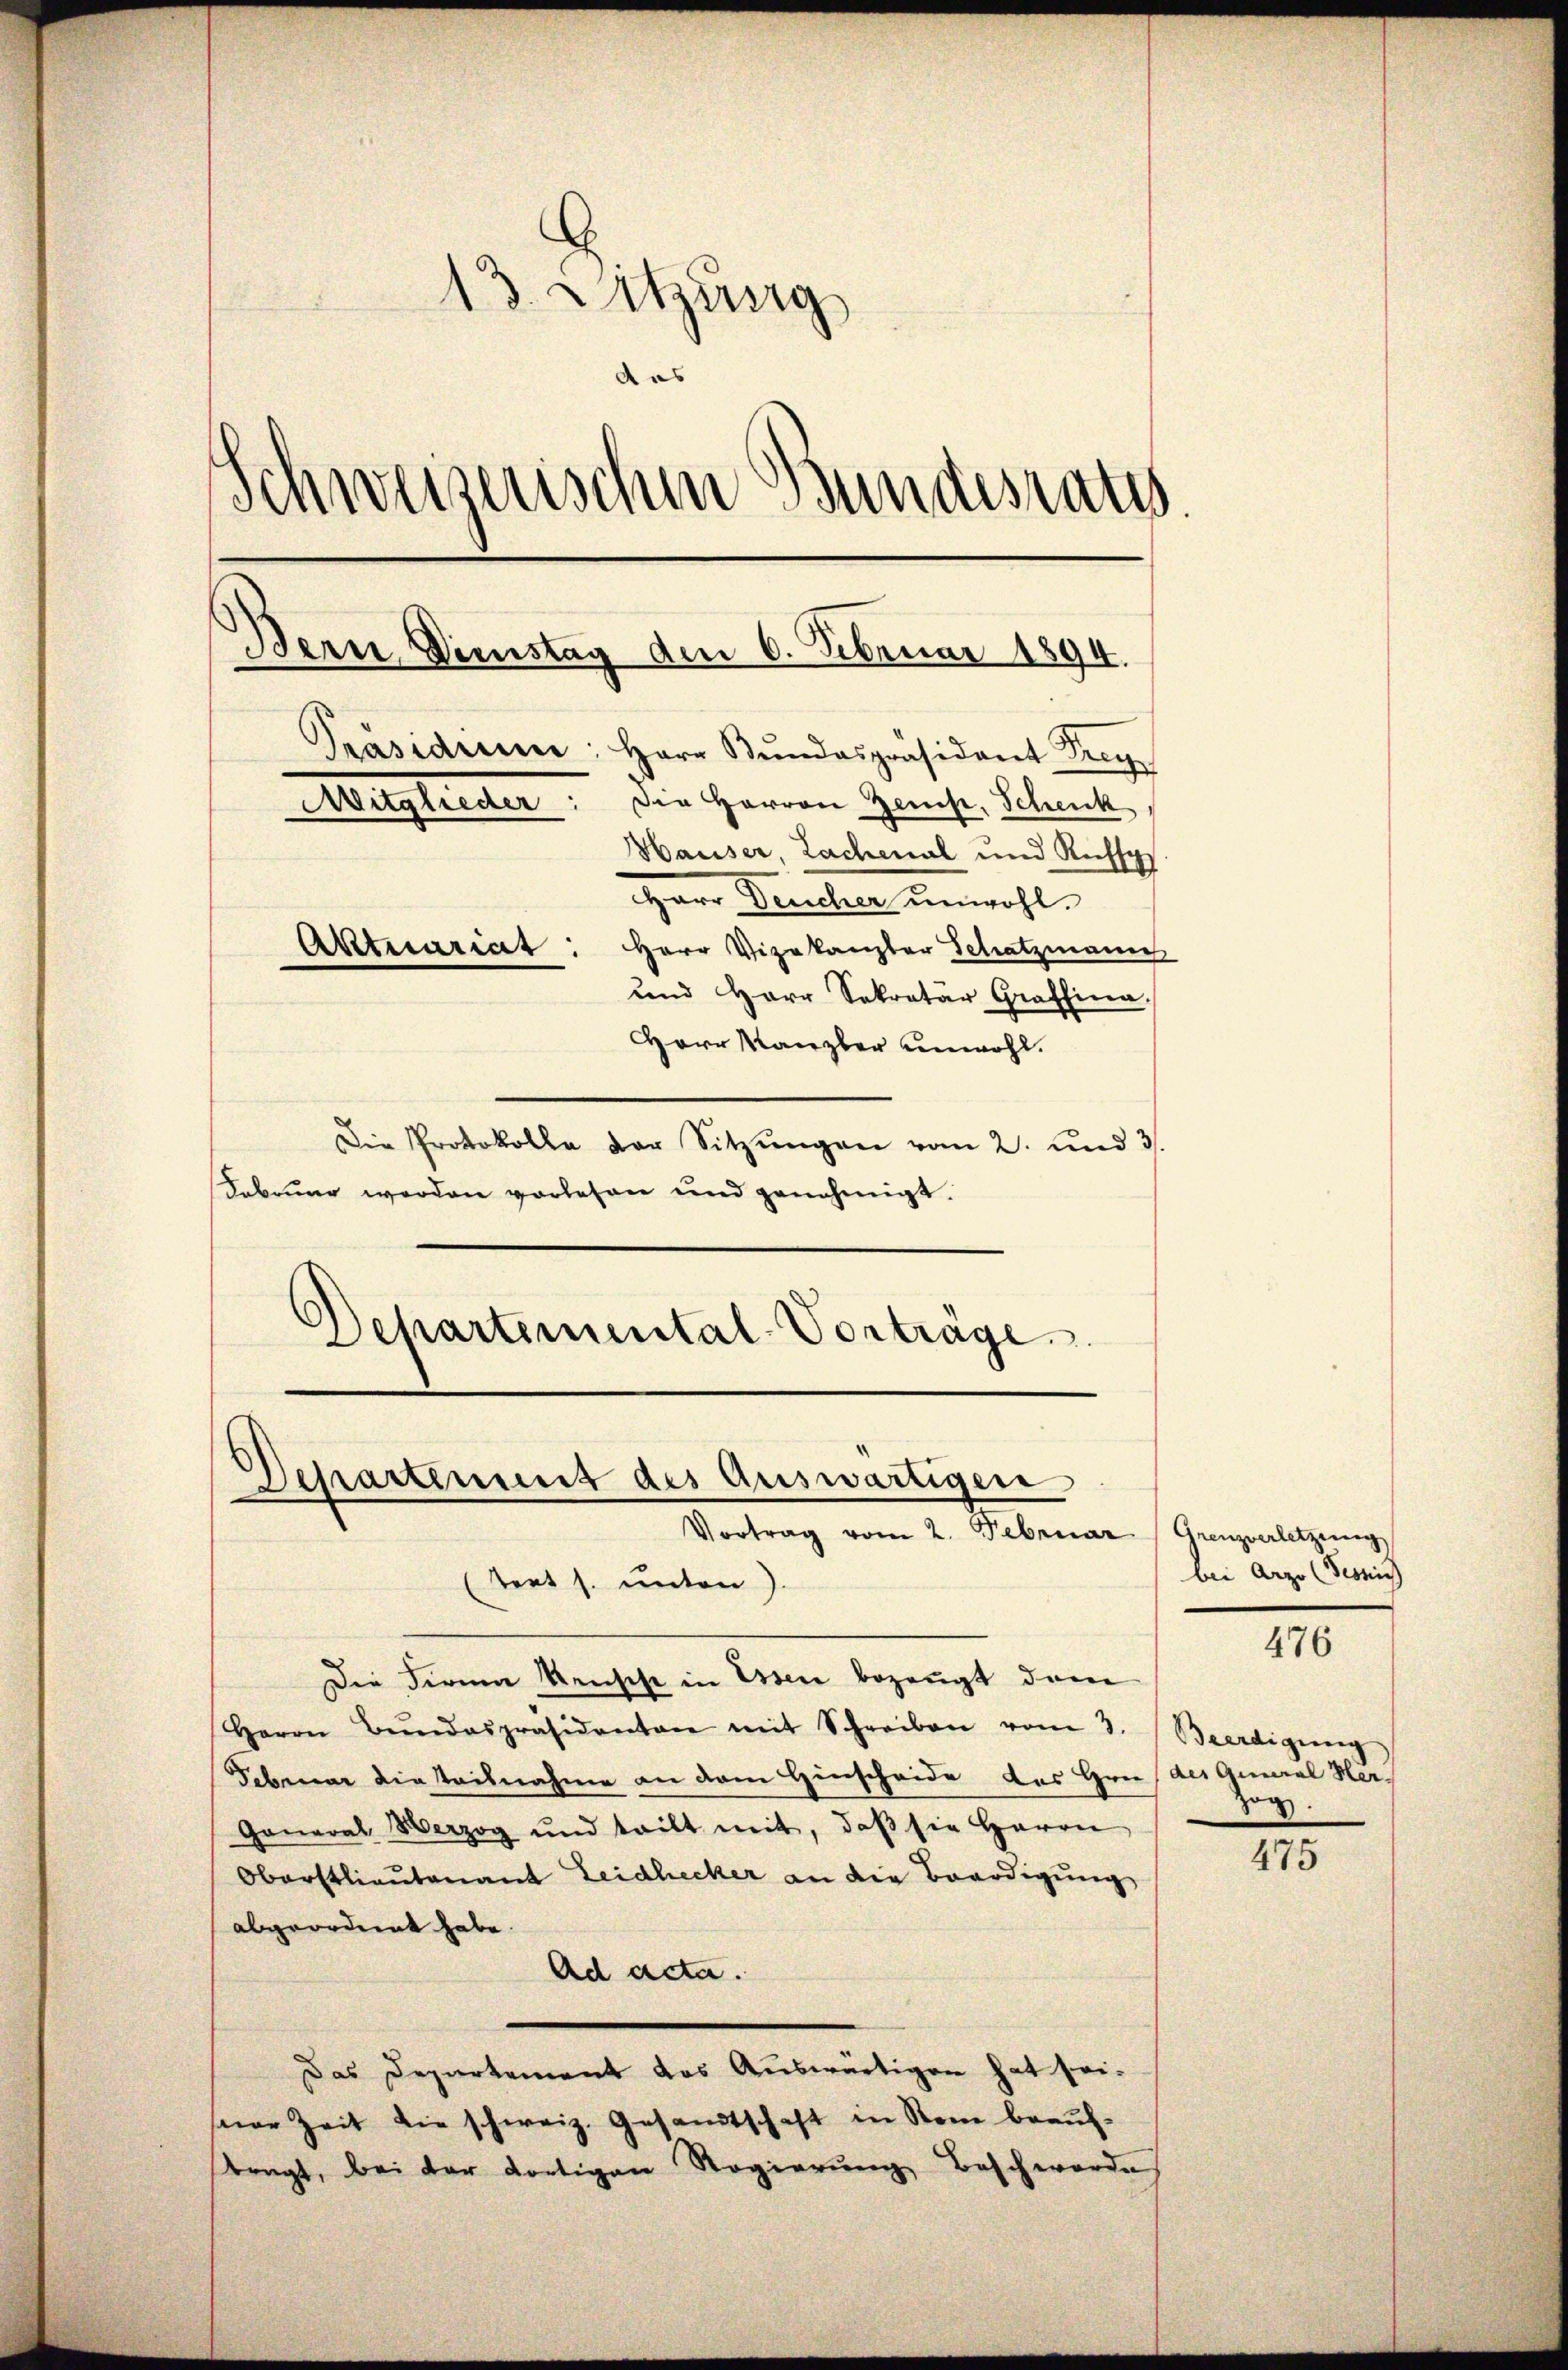
13. Sitzung
das
,
weizerischen Bundesraths
Bern, Verstag
den 6. Februar 1894.
Präsidium: Herr Bŭndespräsident Frey
Mitglieder. Die Herren Zeicht, Schenk,
Hauser, Lachenal und Russ
Herr Deucher unwohl.
Aktuariat: Herr Vizekanzler Schatzmann
und Herr Sekretär Graffina.
Herr Kanzler unwohl.

Die Protokolle der Sitzŭngen vom 2. und 3.
Februng werden vorlesen und genehmigt.
Departemental-Vorträge

Die Firma Mensche in Essen bezeugt dam
Herrn Bŭndespräsidenten mit Schreiben vom 3. Beerdigung
Februar die teilnahme an dem Hinscheide des Hrn / des General Hu
General Verzog und teilt mit, daβ sie Herrn
Oberstlieutenant Leidhecker an die Benadigung
abgeordnet habe.
Ad acta.
Das Departement das Auswärtigen hat seiseer Zeit die schweiz. Gesandtschaft in Rom beauftragt, bei der dortigen Regierŭng Beschwerde

Departement des Auswärtigen
Vortrag vom 2. Februar  Grenzverletzung
(tert s. unten).

bei Arze (Tesrich
Zog.

476

475